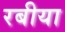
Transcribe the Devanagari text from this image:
रबीया